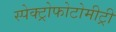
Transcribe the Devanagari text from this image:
स्पेक्ट्रोफोटोमीट्री